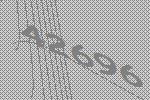
42696